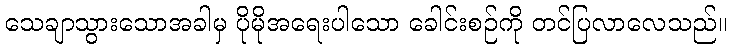
သေချာသွားသောအခါမှ ပိုမိုအရေးပါသော ခေါင်းစဉ်ကို တင်ပြလာလေသည်။